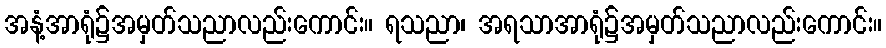
အနံ့အာရုံ၌အမှတ်သညာလည်းကောင်း။ ရသညာ၊ အရသာအာရုံ၌အမှတ်သညာလည်းကောင်း။